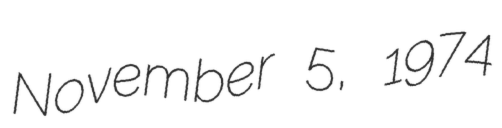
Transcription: November 5, 1974